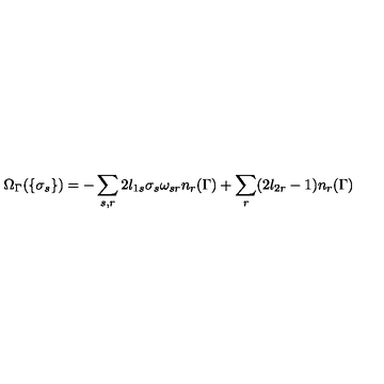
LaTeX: \Omega _ { \Gamma } ( \{ \sigma _ { s } \} ) = - \sum _ { s , r } 2 l _ { 1 s } \sigma _ { s } \omega _ { s r } n _ { r } ( \Gamma ) + \sum _ { r } ( 2 l _ { 2 r } - 1 ) n _ { r } ( \Gamma )